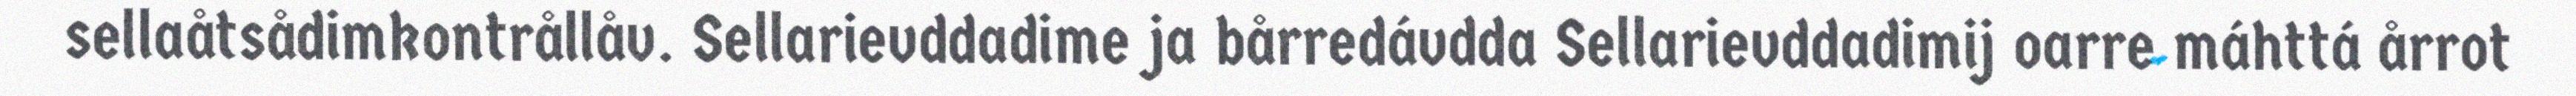
sellaåtsådimkontrållåv. Sellarievddadime ja bårredávdda Sellarievddadimij oarre máhttá årrot